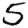
Digit: 5